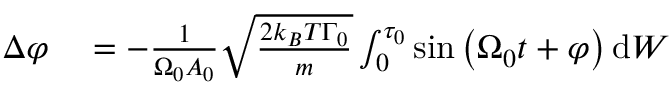
\begin{array} { r l } { \Delta \varphi } & { { } = - \frac { 1 } { \Omega _ { 0 } A _ { 0 } } \sqrt { \frac { 2 k _ { B } T \Gamma _ { 0 } } { m } } \int _ { 0 } ^ { \tau _ { 0 } } \sin \left( \Omega _ { 0 } t + \varphi \right) \mathrm { d } W } \end{array}